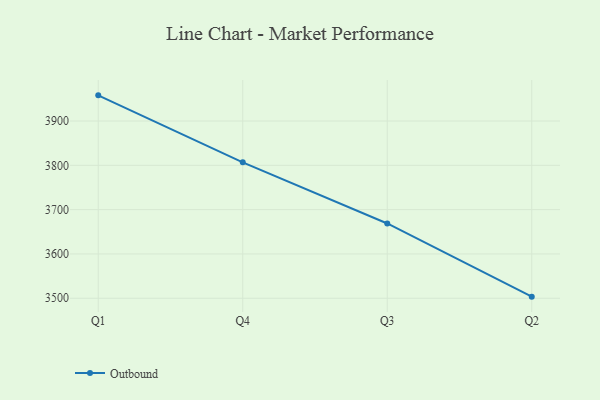
{"axis": {"x": "Quarter", "y": "Backlog"}, "legend": ["Outbound"], "data": [{"x": "Q1", "y": 3958.0, "type": "Outbound"}, {"x": "Q4", "y": 3806.8, "type": "Outbound"}, {"x": "Q3", "y": 3668.8, "type": "Outbound"}, {"x": "Q2", "y": 3503.6, "type": "Outbound"}]}